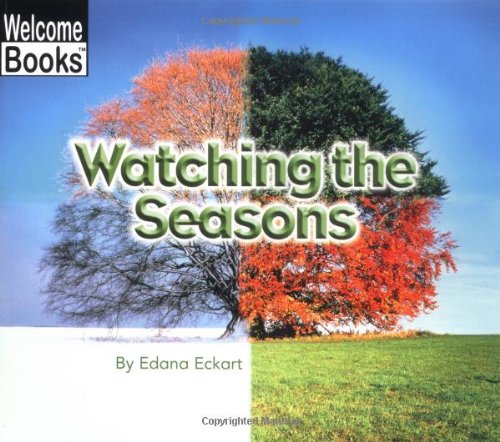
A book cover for Watching the Seasons (Welcome Books: Watching Nature); Edana Eckart; Science & Math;